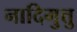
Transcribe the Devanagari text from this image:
नादिमुत्तु